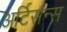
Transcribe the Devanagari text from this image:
अर्टिसन्स